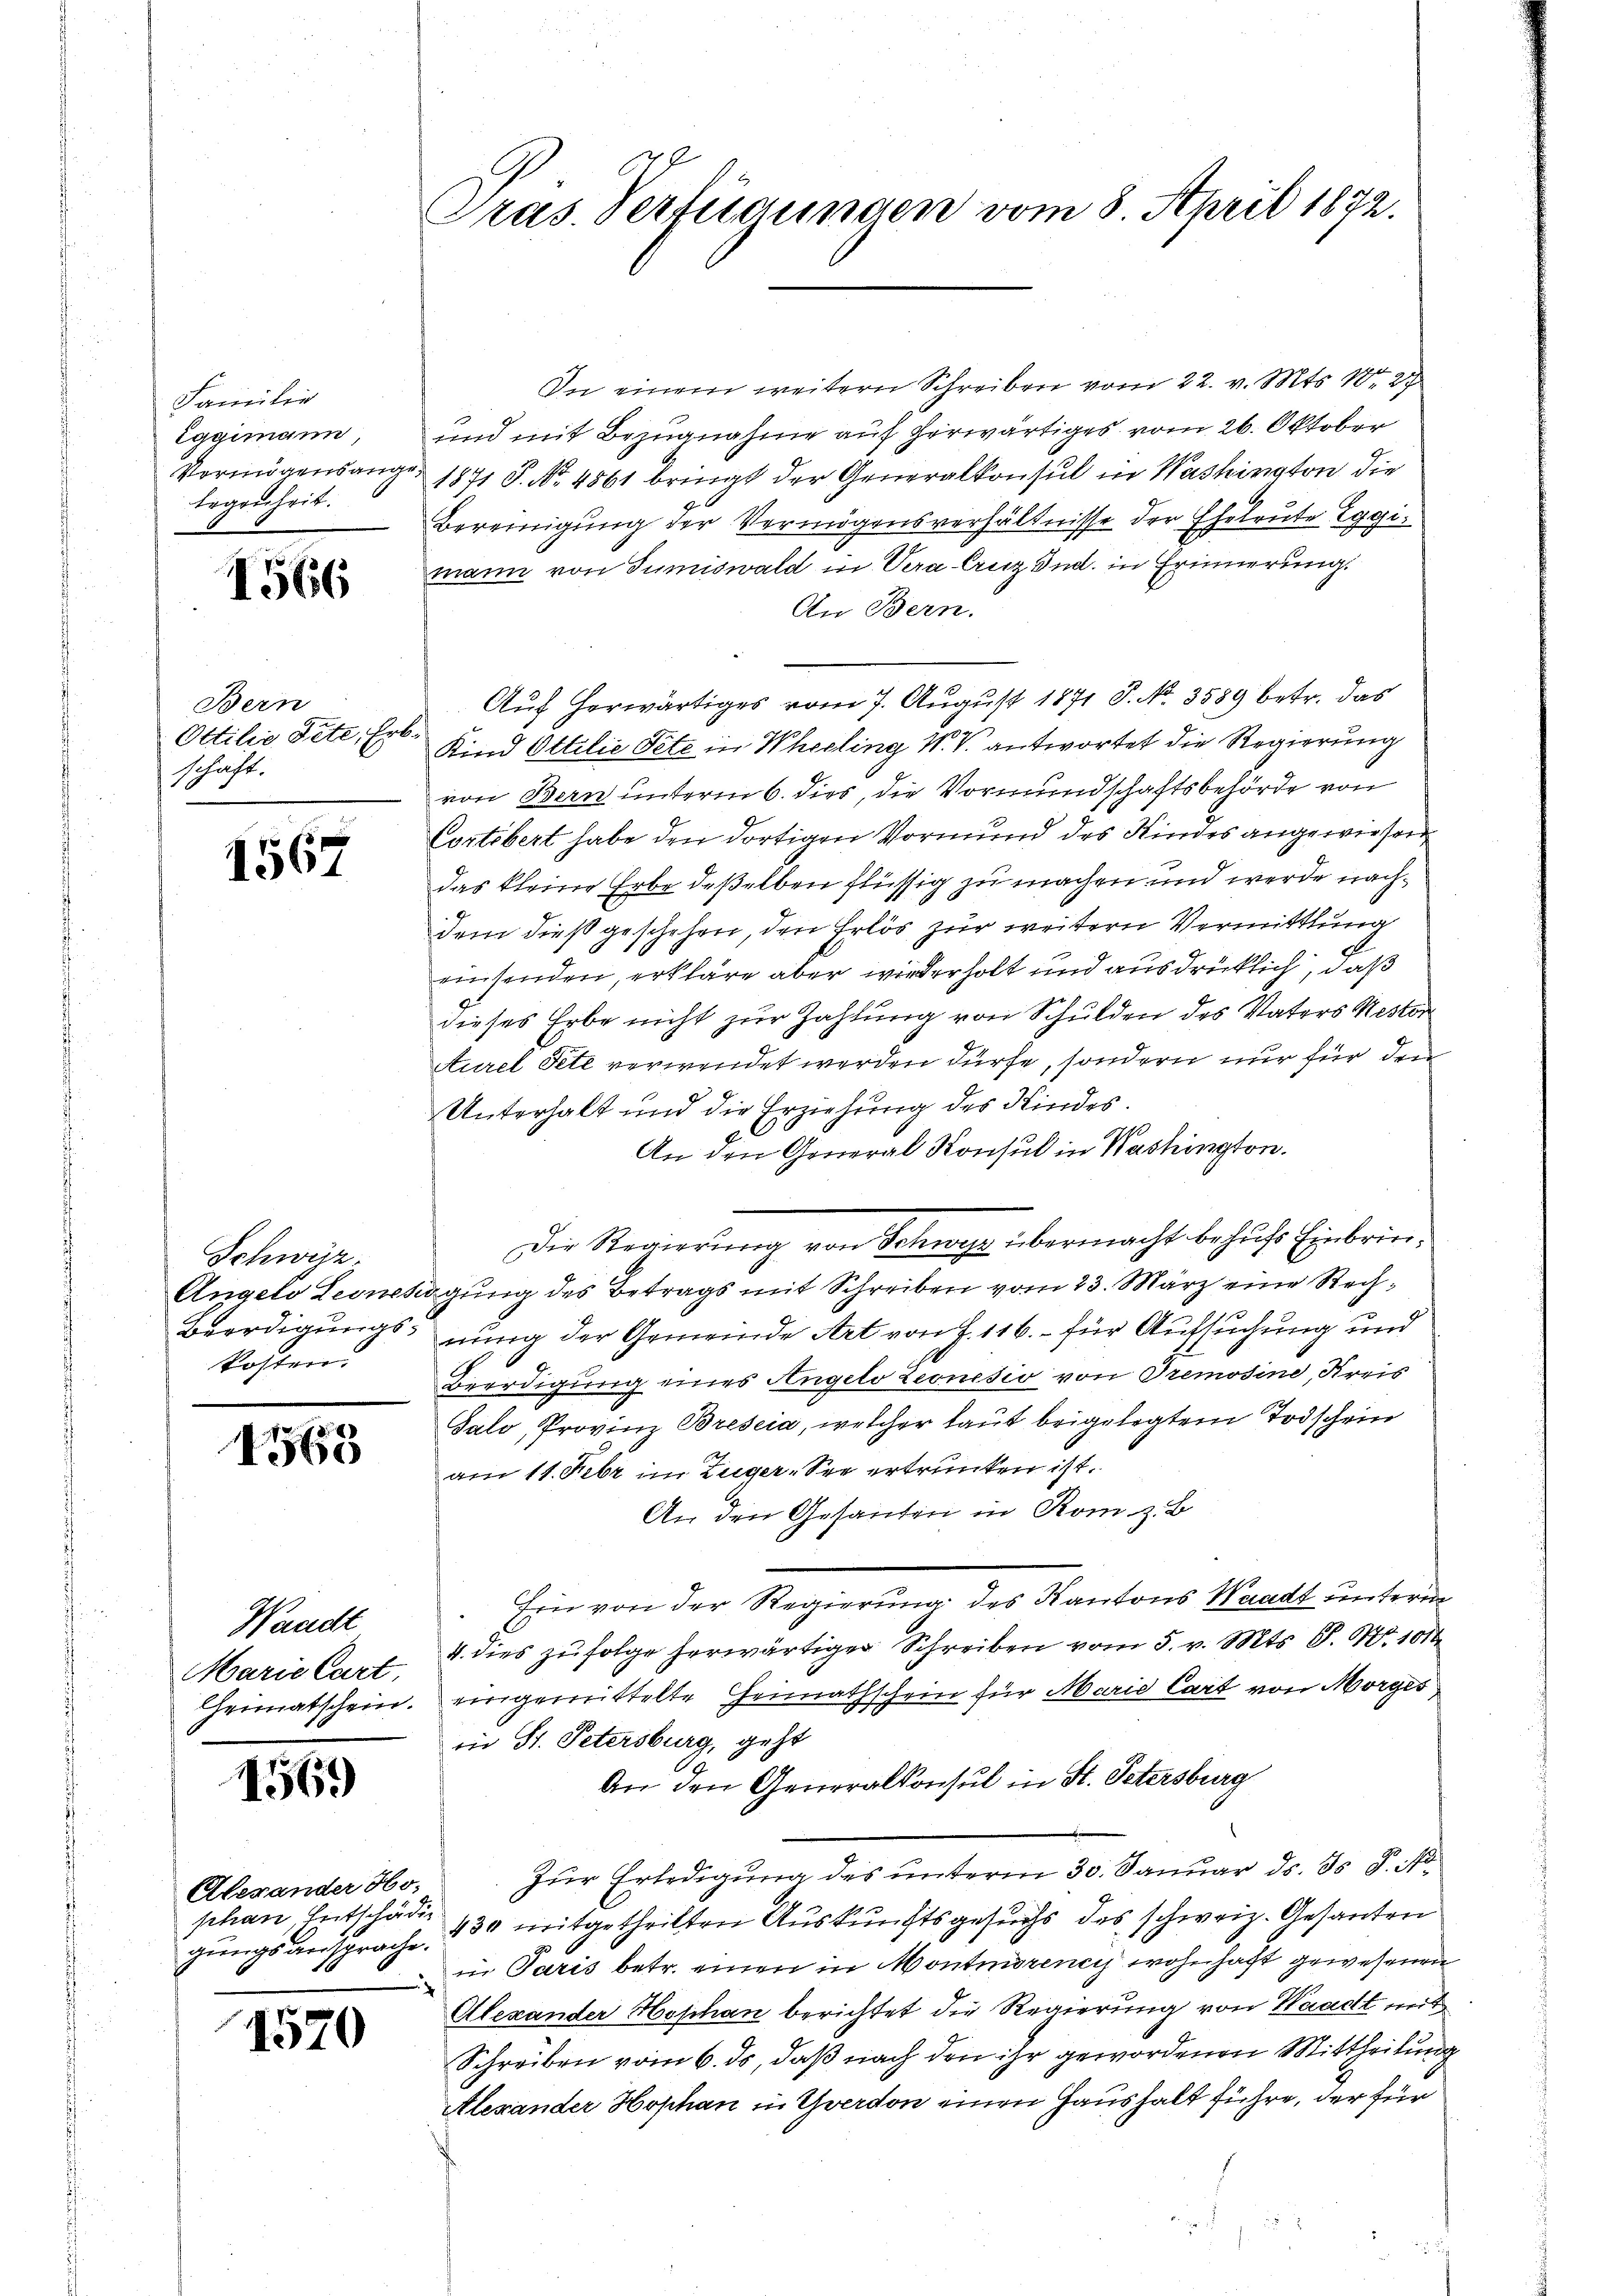
Familie
Eggimann,
Vermögensang
Eegenheit.

1566

Bern
Ottilie dete, Erbschaft.

1567

Schwyz.
kosten.

788
I560

Waadt
Marie Cart,

1569)

Alexander Hoschen Entschädig
gungsansprache.

1570

Pras. Verfügungen vom 8. April 1872.

In einem weitern Schreiben vom 22. v. Mts. 182
und mit Bezugnahme auf herwärtiges vom 26. Oktober
1871 P. No. 4861 bringt der Generalkonsul in Washington die
Bereinigung der Vermögensverhältnisse der Eheleute Eggimann von Sumiswald in Vera-Cruz und in Erinnerung.
An Bern.
Auf herwärtiges vom 7. August 1871 S. No. 3589 betr. das
Kind Ottilie Pete in Wheeling N. V. antwortet die Regierung
von Bern unterm 6. dies, die Vormundschaftsbehörde von
Portibert habe den dortigen Vormund des Kindes angewiesen
das kleine Erbe deßelben flüssig zu machen und werde nachdem dieß geschehen, den Erlös zur weitern Vermittlung
einsenden, erkläre aber wiederholt und ausdrücklich, daß
dieses Erbe nicht zur Zahlung von Schulden des Vaters Mestor
Aurel Pete verwendet werden dürfe, sondern nur für den
Unterhalt und die Erziehung des Kindes.
E
An den General Konsul in Washington.
Die Regierung von Schwyz übermacht behufs Einbrin¬
Angelo Leontigung des Betrags mit Schreiben vom 23. März eine Rech¬
Beerdigungs-nung der Gemeinde Art von Z. 116. für Aufsuchung und
Beerdigung eines Angelo Leonesio von Tremosine, Kreis
Salo, Provinz Bresia, welcher laut beigelegtem Todschein
am 11. Febr im Zuger-See ertrunken ist.
An den Gesanden in Rom z. B.
Ein von der Regierung des Kantons Waadt unterm
4. dies zufolge herwärtiger Schreiben vom 5. v. Mts. S. Nr. 1010
Heimatschein. eingemittelte Heimathschein für Marie Cart von Morges
in St. Petersburg, geht
An den Generalkonsul in St. Petersburg
Zur Erledigung des unterm 30. Januar ds. 35 P. N
430 mitgetheilten Auskunftsgesuchs des schweiz. Gesanten
in Paris betr. einen in Montinorene wohnhaft gewesenen

Alexander Hophan berichtet die Regierung von Waadt mit
Schreiben vom 6. ds, daß nach den ihr gewordenen Mittheilung
Alexander Hophan in Yverdon einen Haushalt führe, der für